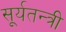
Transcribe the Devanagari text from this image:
सूर्यतन्त्री